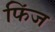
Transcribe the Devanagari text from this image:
फिंज